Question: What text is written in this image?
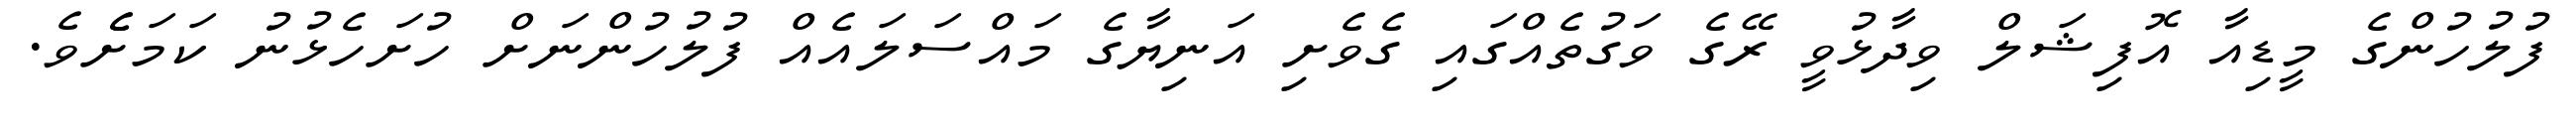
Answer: ފުލުހުންގެ މީޑިއާ އޮފިޝަލް ވިދާޅުވީ ރޭގެ ވަގުތެއްގައި ގެވެށި އަނިޔާގެ މައްސަލައެއް ފުލުހުންނަށް ހުށަހެޅުނު ކަމަށެެވެ.